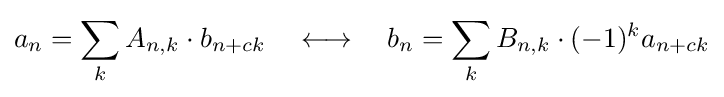
a_{n}=\sum _{k}A_{n,k}\cdot b_{n+ck}\quad \longleftrightarrow \quad b_{n}=\sum _{k}B_{n,k}\cdot (-1)^{k}a_{n+ck}